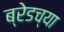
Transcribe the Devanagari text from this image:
ब्रेडच्या